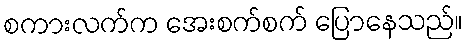
စကားလက်က အေးစက်စက် ပြောနေသည်။